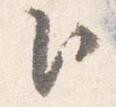
卜